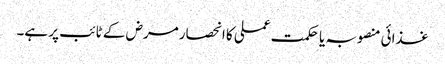
غذائی منصوبہ یا حکمت عملی کا انحصار مرض کے ٹائب پر ہے۔